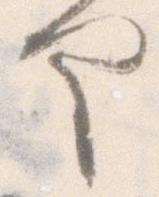
や